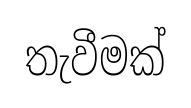
තැවීමක්